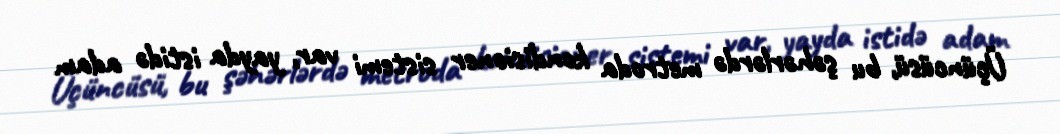
Üçüncüsü, bu şəhərlərdə metroda kondisioner sistemi var, yayda istidə adam